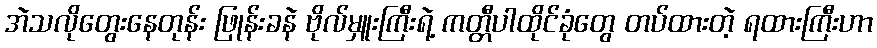
အဲသလိုတွေးနေတုန်း ဖြုန်းခနဲ ဗိုလ်မှူးကြီးရဲ့ ကတ္တီပါထိုင်ခုံတွေ တပ်ထားတဲ့ ရထားကြီးဟာ